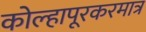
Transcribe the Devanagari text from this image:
कोल्हापूरकरमात्र